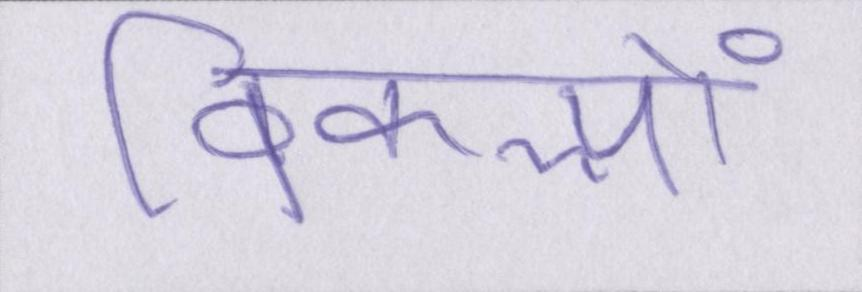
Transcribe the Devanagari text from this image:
विकल्पों